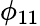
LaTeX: \phi_{11}